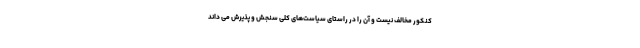
کنکور مخالف نیست و آن را در راستای سیاست‌های کلی سنجش و پذیرش می داند